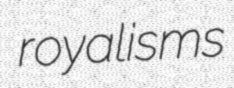
royalisms